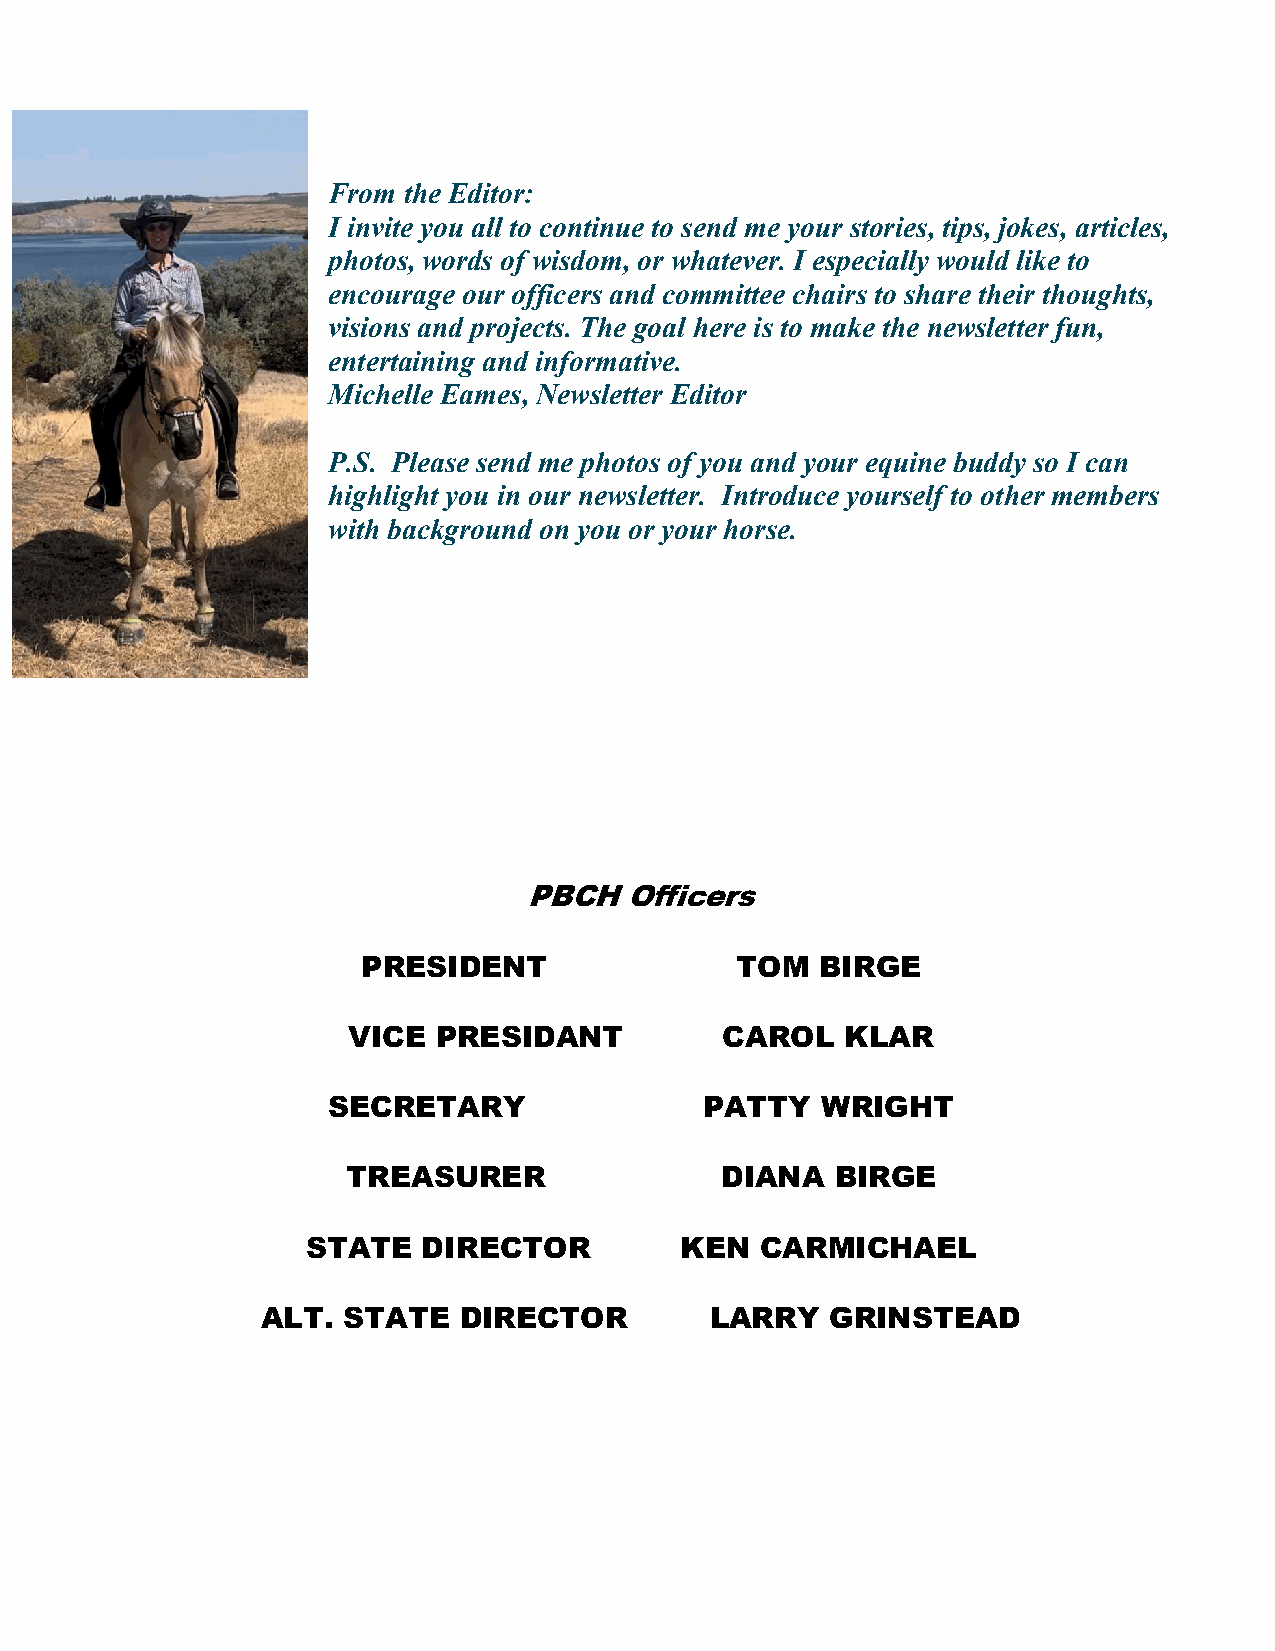
From the Editor:
 I invite you all to continue to send me your stories, tips, jokes, articles,
 photos, words of wisdom, or whatever. I especially would like to
 encourage our officers and committee chairs to share their thoughts,
 visions and projects. The goal here is to make the newsletter fun,
 entertaining and informative.
 Michelle Eames, Newsletter Editor
 P.S. Please send me photos of you and your equine buddy so I can
 highlight you in our newsletter. Introduce yourself to other members
 with background on you or your horse.
 PBCH  Officers
 PRESIDENT                TOM  BIRGE
 VICE  PRESIDANT          CAROL   KLAR
 SECRETARY                PATTY  WRIGHT
 TREASURER                DIANA  BIRGE
 STATE   DIRECTOR         KEN  CARMICHAEL
 ALT.  STATE  DIRECTOR         LARRY   GRINSTEAD